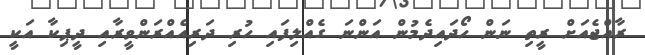
ރާއްޖެއަށް ރީތި ނަން ހޯދައިދެމުން އަންނަ ގެއްލިފައި ހުރި ދަރިއެއްރަންވީރާއި ދީޕިކާ އަކީ